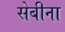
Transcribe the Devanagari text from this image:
सेबीना